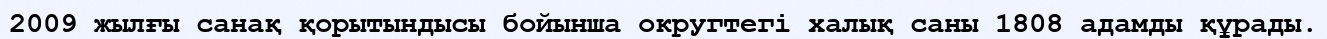
2009 жылғы санақ қорытындысы бойынша округтегі халық саны 1808 адамды құрады.